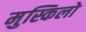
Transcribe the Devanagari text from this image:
मुस्किलो